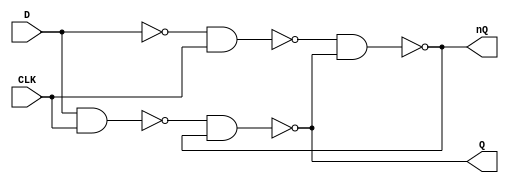
`timescale 1ns / 1ps

module dff(D, CLK, Q, nQ);

input D, CLK;
output Q, nQ;

assign Q = ~(~(D & CLK) & nQ);
assign nQ = ~(~((~D) & CLK) & Q);

endmodule